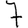
Digit: 7